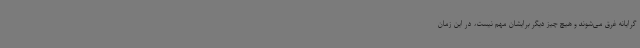
گرایانه غرق می‌شوند و هیچ چیز دیگر برایشان مهم نیست، در این زمان